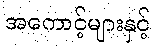
အကောင့်များနှင့်